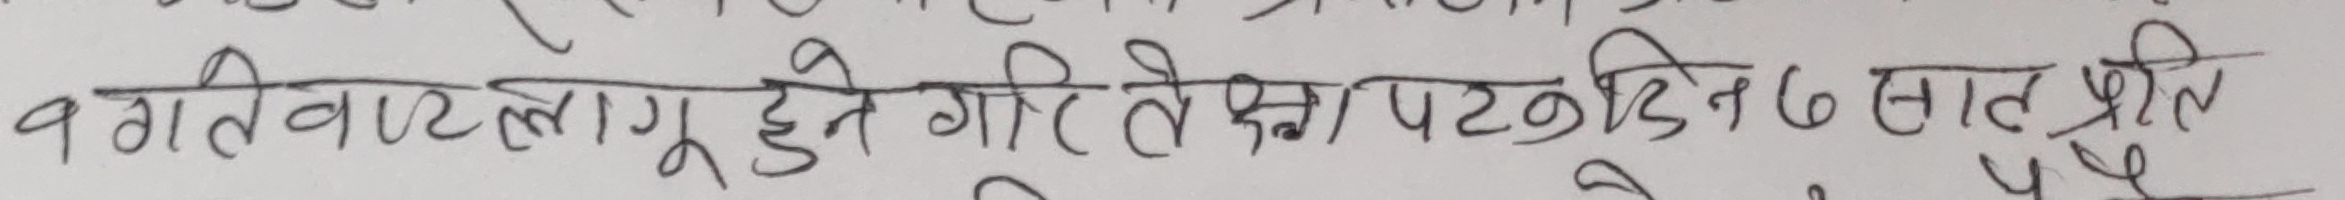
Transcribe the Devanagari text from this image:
१ गतिवाट लागू हुने गरी तेस्रो पटक दिन ६ सहित प्रति वर्ष